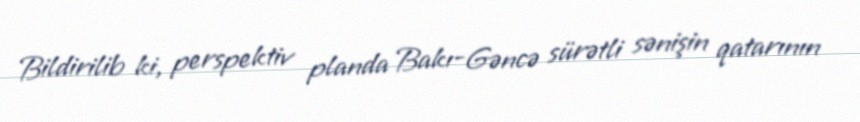
Bildirilib ki, perspektiv planda Bakı-Gəncə sürətli sənişin qatarının